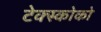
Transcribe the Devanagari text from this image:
टेक्स्कोको